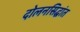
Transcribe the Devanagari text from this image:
दोलनसिद्धांत